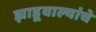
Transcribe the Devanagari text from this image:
झाडूवाल्यांचे